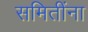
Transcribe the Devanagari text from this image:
समितींना